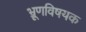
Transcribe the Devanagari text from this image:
भ्रूणविषयक